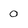
Character: 0